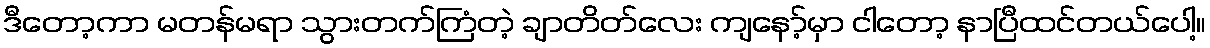
ဒီတော့ကာ မတန်မရာ သွားတက်ကြံတဲ့ ချာတိတ်လေး ကျနော့်မှာ ငါတော့ နာပြီထင်တယ်ပေါ့။